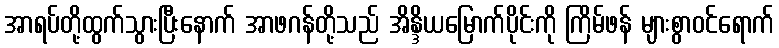
အာရပ်တို့ထွက်သွားပြီးနောက် အာဖဂန်တို့သည် အိန္ဒိယမြောက်ပိုင်းကို ကြိမ်ဖန် များစွာဝင်ရောက်